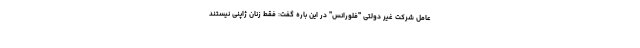
عامل شرکت غیر دولتی "فلورانس" در این باره گفت: فقط زنان ژاپنی نیستند